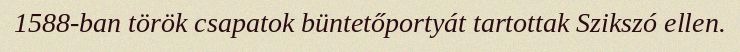
1588-ban török csapatok büntetőportyát tartottak Szikszó ellen.